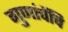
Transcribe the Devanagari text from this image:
गुणांचेंचि